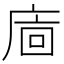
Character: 𢈺